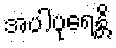
အပါပုရေန္တိ